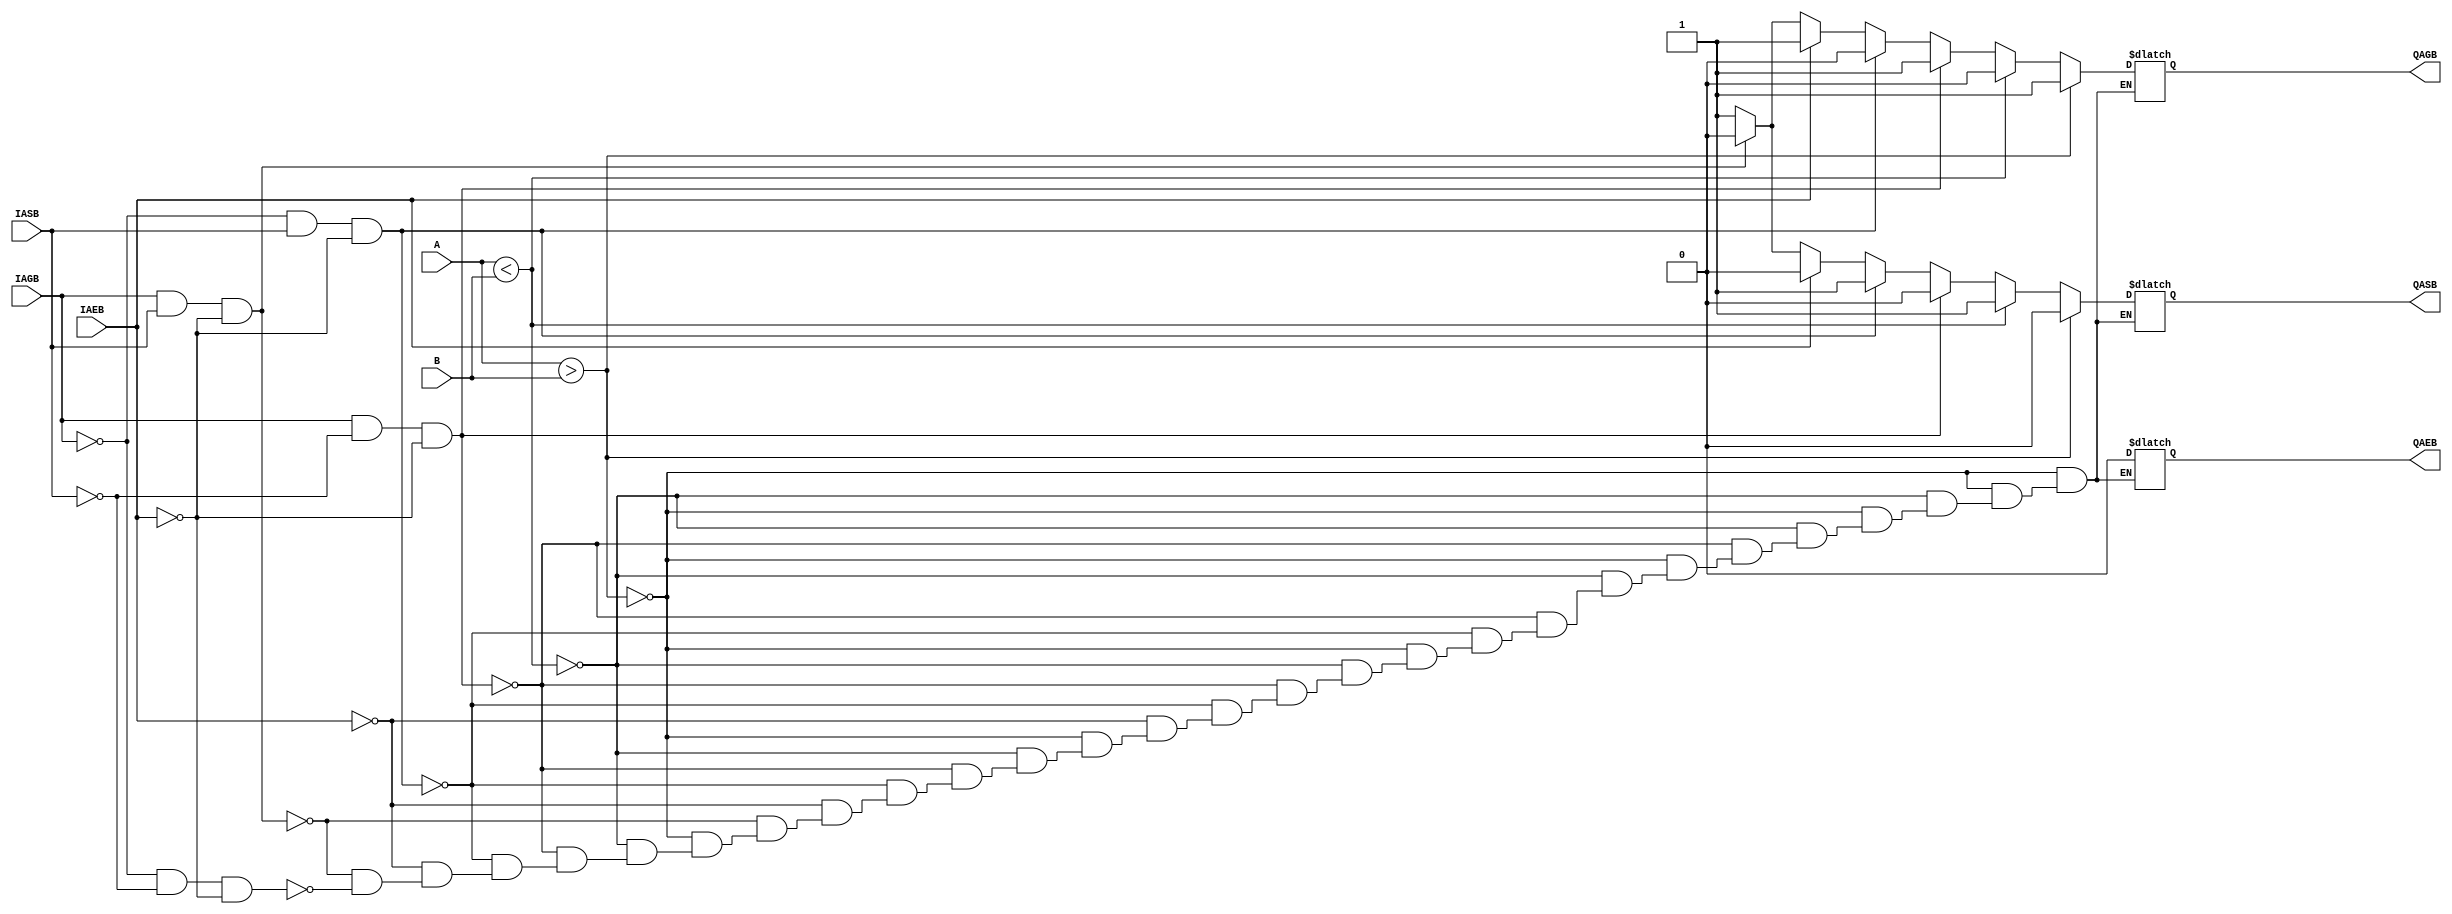
// 5932_74HC85.v
module HC85(A,B,QAGB,QASB,QAEB,IAGB,IASB,IAEB);
input[3:0]A,B;
input IAGB,IASB,IAEB;
output QAGB,QASB,QAEB;
reg QAGB,QASB,QAEB;

always@(A or B or IAGB or IASB or IAEB)
 begin
  
  if(A>B)
   begin 
    QAGB=1;QASB=0;QAEB=0;
   end
  
  else if(A<B)
   begin 
    QAGB=0;QASB=1;QAEB=0;
   end
  
  else if(IAGB&!IASB&!IAEB)
   begin 
    QAGB=1;QASB=0;QAEB=0;
   end
  
  else if(!IAGB&IASB&!IAEB)
   begin 
    QAGB=0;QASB=1;QAEB=0;
   end
    
  else if(IAEB)
   begin 
    QAGB=1;QASB=0;QAEB=0;
   end
  
  else if(IAGB&IASB&!IAEB)
   begin 
    QAGB=0;QASB=0;QAEB=0;
   end
  
  else if(!IAGB&!IASB&!IAEB)
   begin 
    QAGB=1;QASB=1;QAEB=0;
   end
 end
endmodule